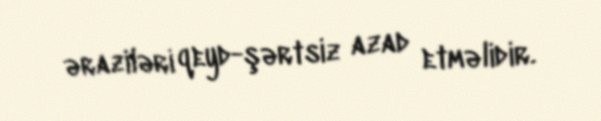
əraziləri qeyd-şərtsiz azad etməlidir.